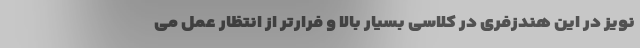
نویز در این هندزفری در کلاسی بسیار بالا و فرارتر از انتظار عمل می